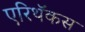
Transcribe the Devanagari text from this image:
एरिथॅकस